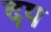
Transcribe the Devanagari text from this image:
दप